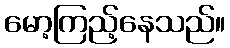
မော့ကြည့်နေသည်။